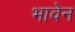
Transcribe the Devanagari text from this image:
भावेन